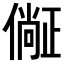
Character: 𣦛